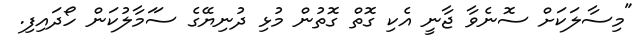
"މިސާލަކަށް ސޮނެވާ ޖާނީ އެކި ގޮތް ގޮތުން މުޅި ދުނިޔޭގެ ސަަމާލުކަން ހޯދައިފި.